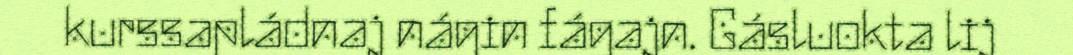
kurssapládnaj nágin fágajn. Gásluokta lij